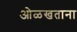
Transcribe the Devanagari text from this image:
ओळखताना